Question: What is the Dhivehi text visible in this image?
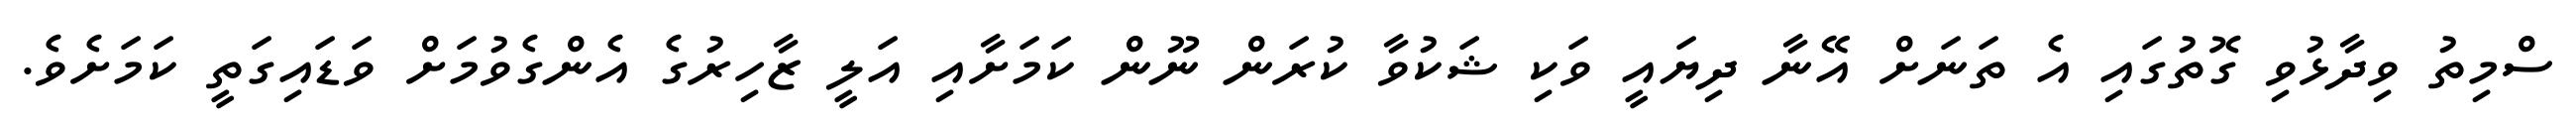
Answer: ސްމިތު ވިދާޅުވި ގޮތުގައި އެ ތަނަށް އޭނާ ދިޔައީ ވަކި ޝަކުވާ ކުރަން ނޫން ކަމަށާއި އަލީ ޒާހިރުގެ އެންގެވުމަށް ވަޑައިގަތީ ކަމަށެވެ.